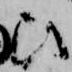
ひ